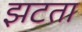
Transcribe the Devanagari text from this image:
झटता